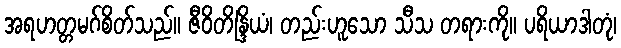
အရဟတ္တမဂ်စိတ်သည်။ ဇီဝိတိန္ဒြိယံ၊ တည်းဟူသော သီသ တရားကို။ ပရိယာဒါတုံ၊